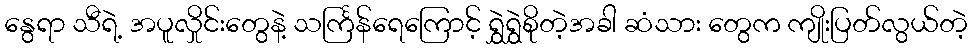
နွေရာ သီရဲ့ အပူလှိုင်းတွေနဲ့ သင်္ကြန်ရေကြောင့် ရွှဲရွှဲစိုတဲ့အခါ ဆံသား တွေက ကျိုးပြတ်လွယ်တဲ့